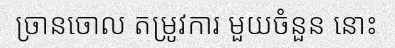
ច្រានចោល តម្រូវការ មួយចំនួន នោះ